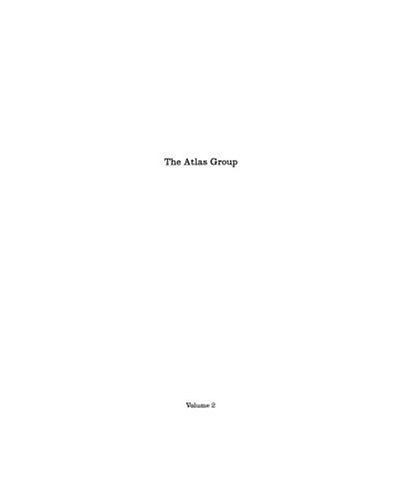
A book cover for Walid Raad: The Atlas Group; Travel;